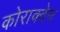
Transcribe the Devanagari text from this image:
कोराक्वेन